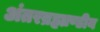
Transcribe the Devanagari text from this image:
अंतरब्रह्माण्डीय